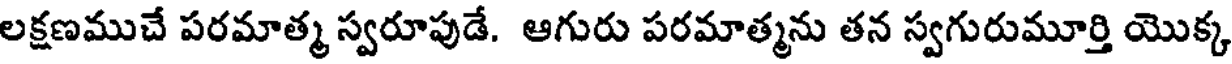
లక్షణముచే పరమాత్మ స్వరూపుడే. ఆగురు పరమాత్మను తన స్వగురుమూర్తి యొక్క